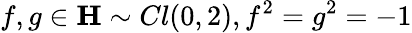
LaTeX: f,g\in{\mathbf H}\sim Cl(0,2),f^{2}=g^{2}=-1